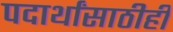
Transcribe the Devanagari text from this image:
पदार्थांसाठीही